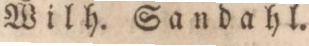
Wilh. Sandahl.